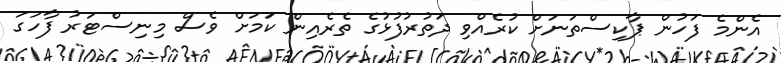
އެންމެ ފަހުން ޕާކިސްތަނަށް ކުރެއްވި ދަތުރުފުޅުގެ ތެރެއިން ކަމަށް ވެސް މިނިސްޓަރު ފާހަގަ